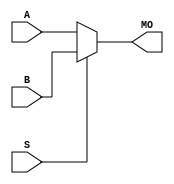
module cycloneiv_bmux21 (MO, A, B, S);
   input [15:0] A, B;
   input 	S;
   output [15:0] MO; 
   assign MO = (S == 1) ? B : A; 
endmodule